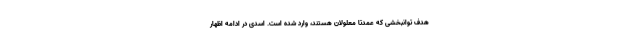
هدف توانبخشی که عمدتا معلولان هستند، وارد شده است. اسدی در ادامه اظهار